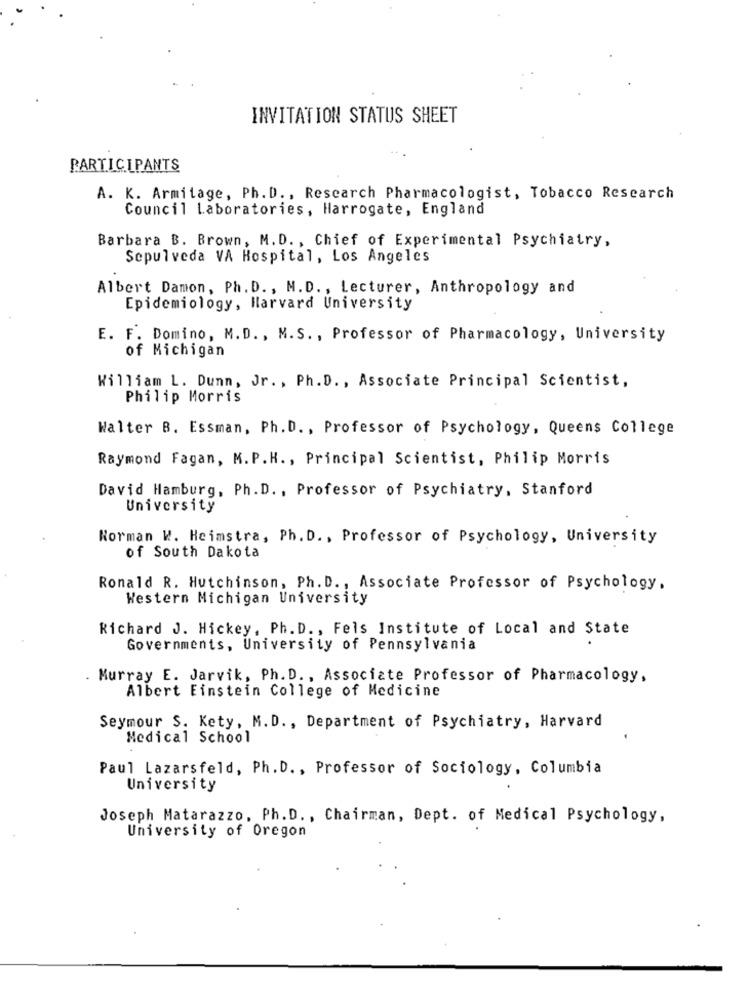
INVITATION STATUS SHEET
PARTICIPANTS
A. K. Armitage, Ph.D ., Rescarch Pharmacologist, Tobacco Research
Council Laboratories, Harrogate, England
Barbara B. Brown, M.D. , Chief of Experimental Psychiatry,
Sepulveda VA Hospital, Los Angeles
Albert Damon, Ph. D ., M.D ., Lecturer, Anthropology and
Epidemiology, Harvard University
E. F. Domino, M.D ., M.S ., Professor of Pharmacology, University
of Michigan
William L. Dunn, Jr. , Ph. D ., Associate Principal Scientist,
Philip Morris
Walter B. Essman, Ph.D ., Professor of Psychology, Queens College
Raymond Fagan, M.P.H ., Principal Scientist, Philip Morris
David Hamburg, Ph.D ., Professor of Psychiatry, Stanford
University
Norman W. Heimstra, Ph. D ., Professor of Psychology, University
of South Dakota
Ronald R. Hutchinson, Ph. D ., Associate Professor of Psychology.
Western Michigan University
Richard J. Hickey, Ph. D ., Fels Institute of Local and State
Governments, University of Pennsylvania
Murray E. Jarvik, Ph. D ., Associate Professor of Pharmacology,
Albert Einstein College of Medicine
Seymour S. Kety, M.D ., Department of Psychiatry, Harvard
Medical School
Paul Lazarsfeld, Ph.D ., Professor of Sociology, Columbia
University
Joseph Matarazzo, Ph.D ., Chairman, Dept. of Medical Psychology,
University of Oregon